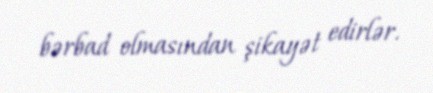
bərbad olmasından şikayət edirlər.